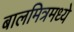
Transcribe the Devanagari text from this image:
बालमित्रमध्ये